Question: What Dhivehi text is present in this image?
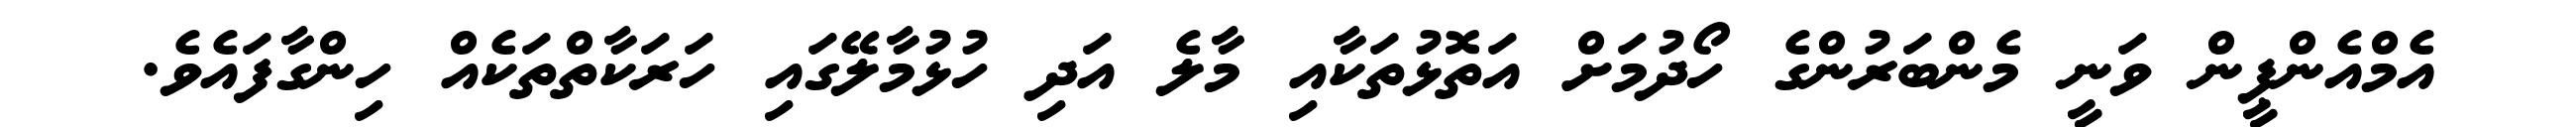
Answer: އެމްއެންޕީން ވަނީ މެންބަރުންގެ ހޯދުމަށް އަތޮޅުތަކާއި މާލެ އަދި ހުޅުމާލޭގައި ހަރަކާތްތަކެއް ހިންގާފައެވެ.